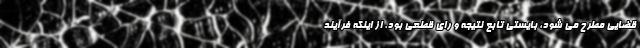
قضایی مطرح می شود، بایستی تابع نتیجه و رای قطعی بود. از اینکه فرآیند